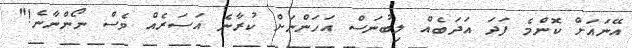
އޭނައަށް ކޮންމެ ފަދަ އަދަބެއް ލިބުނަސް އަހަންނަށް ކުރާނެ އަސަރެއް ވެސް ނޯންނާނެ!"